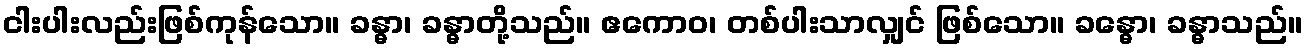
ငါးပါးလည်းဖြစ်ကုန်သော။ ခန္ဓာ၊ ခန္ဓာတို့သည်။ ဧကောဝ၊ တစ်ပါးသာလျှင် ဖြစ်သော။ ခန္ဓော၊ ခန္ဓာသည်။